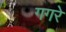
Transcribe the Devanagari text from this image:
गगरे